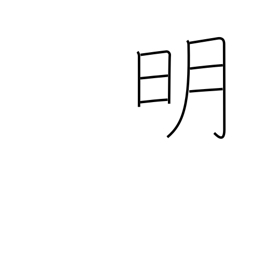
Meaning: light